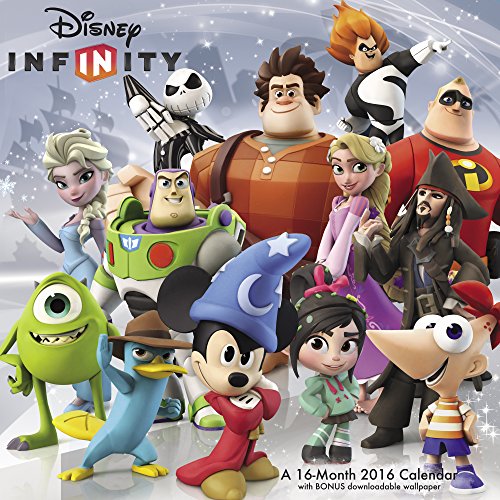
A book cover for Disney Infinity Wall Calendar (2016); Day Dream; Calendars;